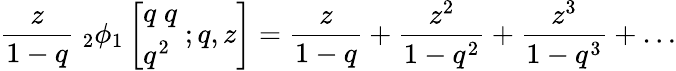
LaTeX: {\frac{z}{1-q}}\; _{2}\phi_{1}\left[{\begin{array}{l}{q\; q}\\ {q^{2}}\end{array}}\; ;q,z\right]={\frac{z}{1-q}}+{\frac{z^{2}}{1-q^{2}}}+{\frac{z^{3}}{1-q^{3}}}+\ldots